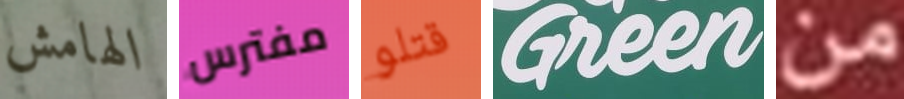
الهامش مفترس قتلو Green من